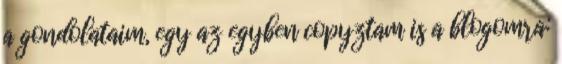
a gondolataim, egy az egyben copyztam is a blogomra: